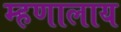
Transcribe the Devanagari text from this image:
म्हणालाय